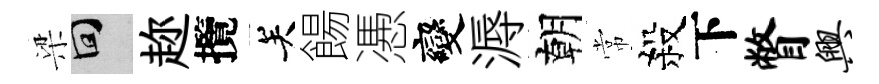
梁回趂攬关餳慿變溽朝常殺下瞥兴